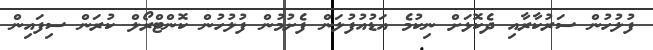
ފުލުހުން ސަރުކާރާއި ދެކޮޅަށް ނިކުމެ އަޑުއުފުލަން ފެށުމުން ފުލުހުން ކޮންޓްރޯލް ކުރަން ސިފައިން